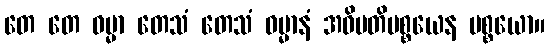
တေ တေ ဓမ္မာ တေသံ တေသံ ဓမ္မာနံ အဓိပတိပစ္စယေန ပစ္စယော။